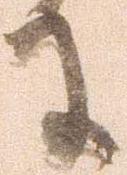
に